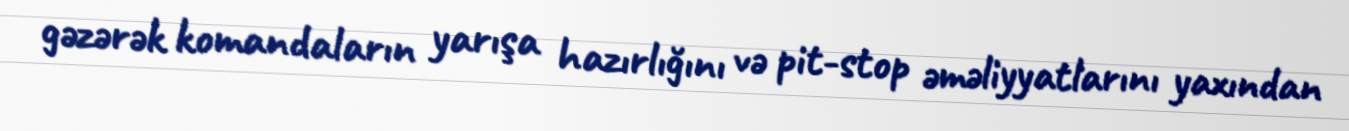
gəzərək komandaların yarışa hazırlığını və pit-stop əməliyyatlarını yaxından